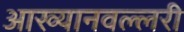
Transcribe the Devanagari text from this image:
आख्यानवल्लरी